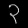
Digit: ၃